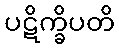
ပဋိက္ခိပတိ